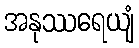
အနုဿရေယျံ